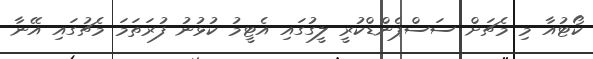
ކޯޓުއާ މި މެޗަށް ސަސްޕެންޑްކުރީ ލީގުގައި އެޓީމު ކުޅުނު ފުރަތަމަ މެޗުގައި އޭނާ